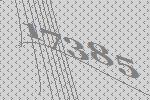
17385